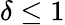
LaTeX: \delta\leq 1